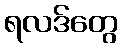
ရလဒ်တွေ